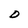
Character: D